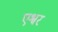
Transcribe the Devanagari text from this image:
एश्वर